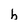
Character: h